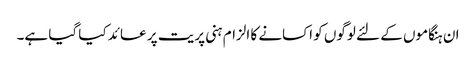
ان ہنگاموں کے لئے لوگوں کو اکسانے کا الزام ہنی پریت پر عائد کیا گیا ہے۔